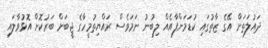
ދައުލަތަށް އޭގެ ޒާތުގައި ކުޑަމަންފާއެއް ލިބުނު ނަމަވެސް ރައްޔިތުމީހާގެ ޖީބަށް ބަރުކޮށް އޮޅުވާލައި